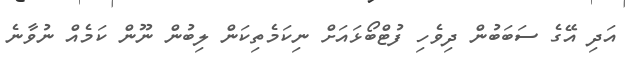
އަދި އޭގެ ސަބަބުން ދިވެހި ފުޓްބޯޅައަށް ނިކަމެތިކަން ލިބުން ނޫން ކަމެއް ނުވާނެ